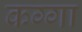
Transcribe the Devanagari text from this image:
कग्गा